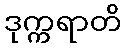
ဒုက္ကရာတိ